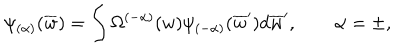
\psi _ { ( \alpha ) } ( \overline { { { w } } } ) = \int \Omega ^ { ( - \alpha ) } ( w ) \psi _ { ( - \alpha ) } ( \overline { { { w } } } ^ { \prime } ) d \overline { { { w } } } ^ { \prime } , \qquad \alpha = \pm ,